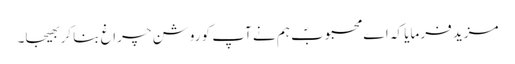
مزید فرمایا کہ اے محبوبؐ ہم نے آپ کو روشن چراغ بنا کر بھیجا۔